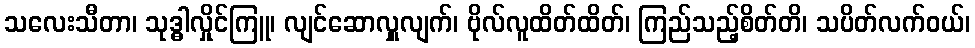
သလေးသီတာ၊ သုဒ္ဓါလှိုင်ကြူ၊ လျင်ဆောလှူလျက်၊ ဗိုလ်လူထိတ်ထိတ်၊ ကြည်သည့်စိတ်တိ၊ သပိတ်လက်ဝယ်၊